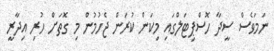
ނަމަވެސް ސީދާ ހޮސްޕިޓަލްގައި މިކަން ކުރަން ޖެހުމުން މި ގޮތަށް ހުރި އިދާރީ